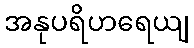
အနုပရိဟရေယျ